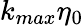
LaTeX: k_{max}\eta_{0}